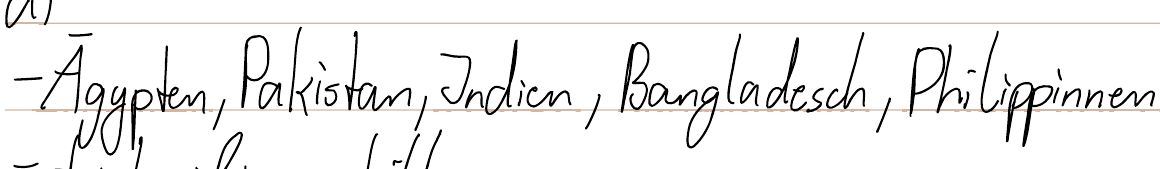
- Ägypten, Pakistan, Indien, Bangladesch, Philippinnen